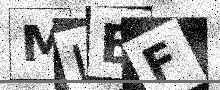
Text: MLEF